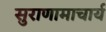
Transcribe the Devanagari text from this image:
सुराणामाचार्य